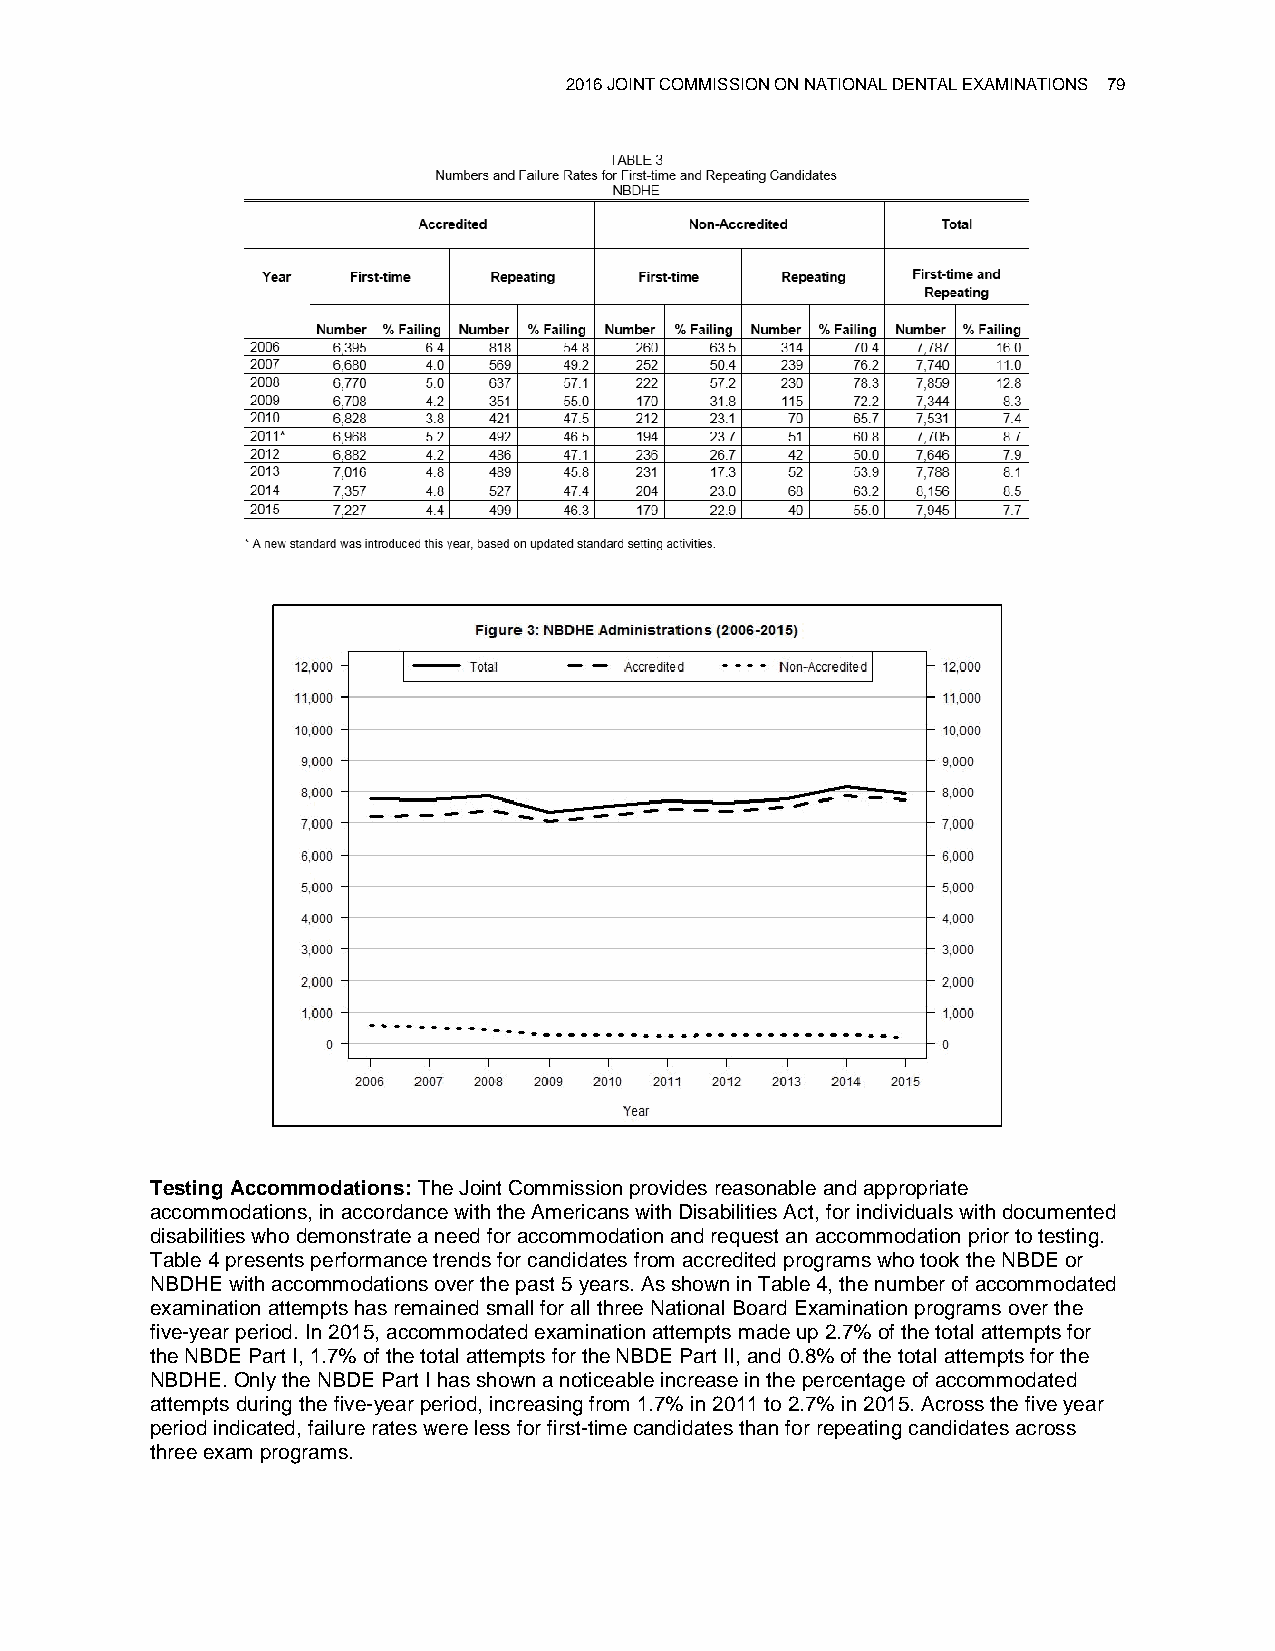
2016 JOINT COMMISSION ON NATIONAL DENTAL EXAMINATIONS 79
 Testing Accommodations: The Joint Commission provides reasonable and appropriate
 accommodations, in accordance with the Americans with Disabilities Act, for individuals with documented
 disabilities who demonstrate a need for accommodation and request an accommodation prior to testing.
 Table 4 presents performance trends for candidates from accredited programs who took the NBDE or
 NBDHE with accommodations over the past 5 years. As shown in Table 4, the number of accommodated
 examination attempts has remained small for all three National Board Examination programs over the
 five-year period. In 2015, accommodated examination attempts made up 2.7% of the total attempts for
 the NBDE Part I, 1.7% of the total attempts for the NBDE Part II, and 0.8% of the total attempts for the
 NBDHE. Only the NBDE Part I has shown a noticeable increase in the percentage of accommodated
 attempts during the five-year period, increasing from 1.7% in 2011 to 2.7% in 2015. Across the five year
 period indicated, failure rates were less for first-time candidates than for repeating candidates across
 three exam programs.